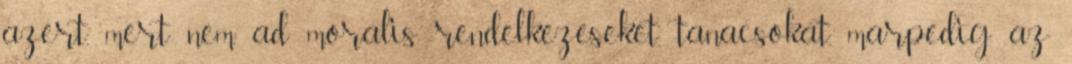
azert, mert nem ad moralis rendelkezeseket, tanacsokat, marpedig az